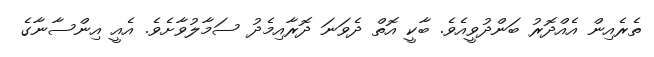
ތެރެއިން އެއްދޮރު ބަންދުވީއެވެ. ބާކީ އޮތް ދެވަނަ ދޮރާއިމެދު ސަމާލުވާށެވެ. އެއީ އިންސާނާގެ